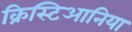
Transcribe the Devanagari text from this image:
क्रिस्टिआनिया